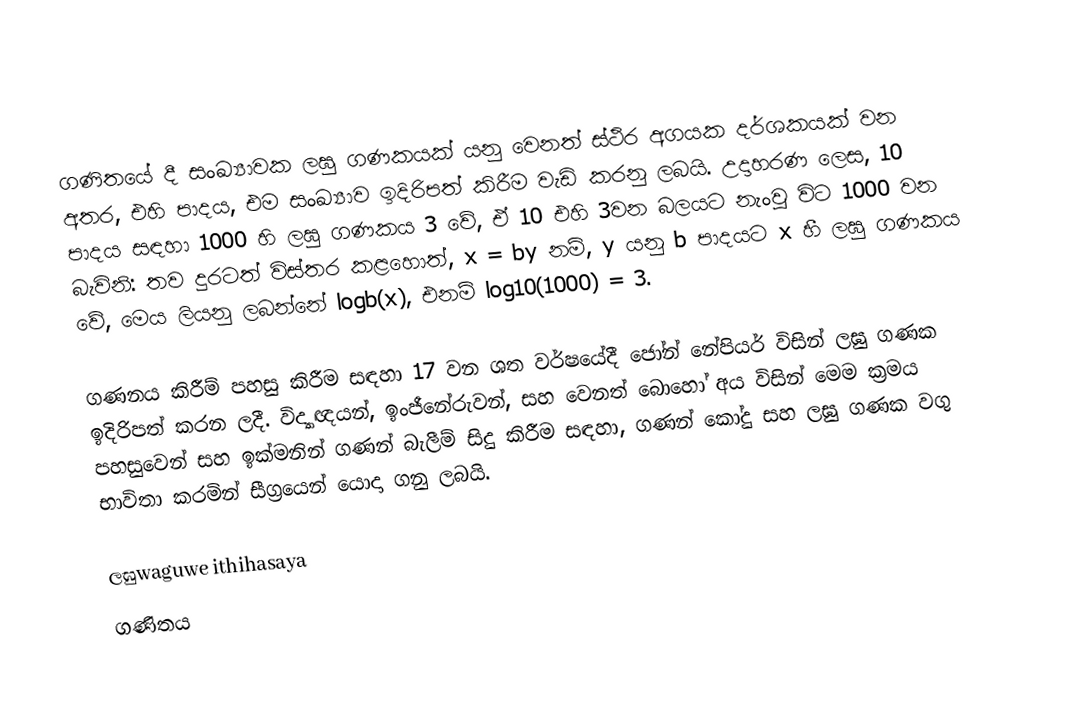
ගණිතයේ දී සංඛ්‍යාවක ලඝු ගණකයක් යනු වෙනත් ස්ථිර අගයක දර්ශකයක් වන අතර, එහි පාදය, එම සංඛ්‍යාව ඉදිරිපත් කිරීම වැඩි කරනු ලබයි. උදාහරණ ලෙස, 10 පාදය සඳහා 1000 හි ලඝු ගණකය 3 වේ, ඒ 10 එහි 3වන බලයට නැංවු විට 1000 වන බැවිනි:  තව දුරටත් විස්තර කළහොත්, x = by නම්, y යනු b පාදයට x හී ලඝු ගණකය වේ, මෙය ලියනු ලබන්නේ logb(x), එනම් log10(1000) = 3.

ගණනය කිරීම් පහසු කිරීම සඳහා 17 වන ශත වර්ෂයේදී ජෝන් නේපියර් විසින් ලඝු ගණක ඉදිරිපත් කරන ලදී. විද්‍යාඥයන්, ඉංජීනේරුවන්, සහ වෙනත් බොහෝ අය විසින් මෙම ක්‍රමය පහසුවෙන් සහ ඉක්මනින් ගණන් බැලීම් සිදු කිරීම සඳහා, ගණන් කෝදු සහ ලඝු ගණක වගු භාවිතා කරමින් සීග්‍රයෙන් යොදා ගනු ලබයි.

ලඝුwaguwe ithihasaya
ගණිතය